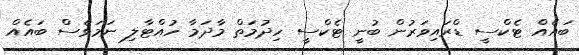
ބައެއް ޓެކްސީ ޑްރައިވަރުން ބުނީ ޓެކްސީ ހިދުމަތް މާދަމާ ހުއްޓާލި ނަމަވެސް ބައެއް